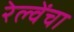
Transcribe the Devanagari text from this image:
रेल्वेंचा